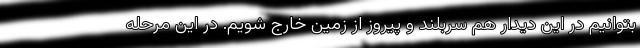
بتوانیم در این دیدار هم سربلند و پیروز از زمین خارج شویم. در این مرحله